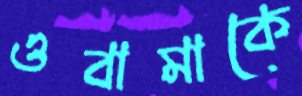
ওবামাকে